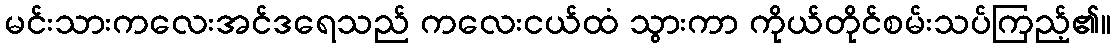
မင်းသားကလေးအင်ဒရေသည် ကလေးငယ်ထံ သွားကာ ကိုယ်တိုင်စမ်းသပ်ကြည့်၏။